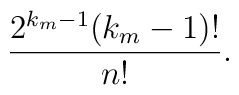
\frac{2^{k_m-1} (k_m-1)!}{n!}.